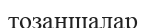
тозаңшалар